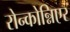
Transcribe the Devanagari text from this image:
रोन्कोन्निएर